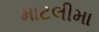
માટલીમા